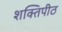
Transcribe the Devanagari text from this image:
शक्‍तिपीठ